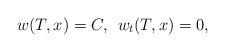
LaTeX: \begin{align*}w(T,x)=C,\:\: w_t(T,x)=0,\end{align*}